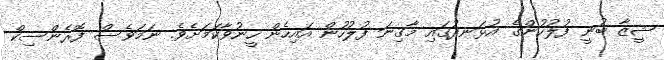
ޝީޒާ ބުނީ ފުލުހުންގެ އުޅަނދުގައި މާގިނަ ފުލުހުން އައިހެން ހީނުވާކަމަށެވެ. ނަމަވެސް ފޮރެންސިކް